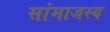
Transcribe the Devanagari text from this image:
सांमाजस्य